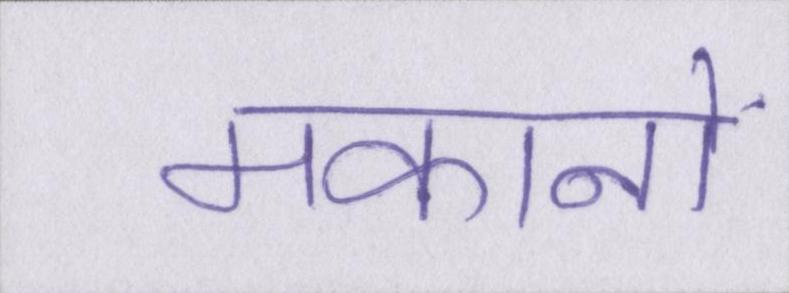
मकानों